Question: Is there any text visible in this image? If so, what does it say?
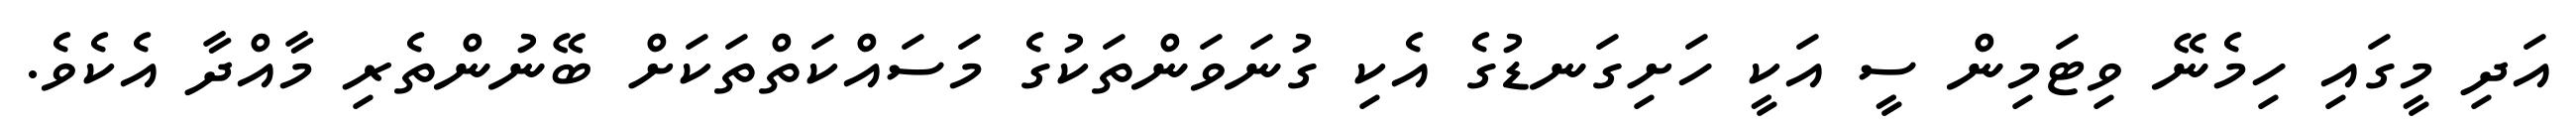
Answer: އަދި މީގައި ހިމެނޭ ވިޓަމިން ސީ އަކީ ހަށިގަނޑުގެ އެކި ގުނަވަންތަކުގެ މަސައްކަތްތަކަށް ބޭނުންތެރި މާއްދާ އެކެވެ.